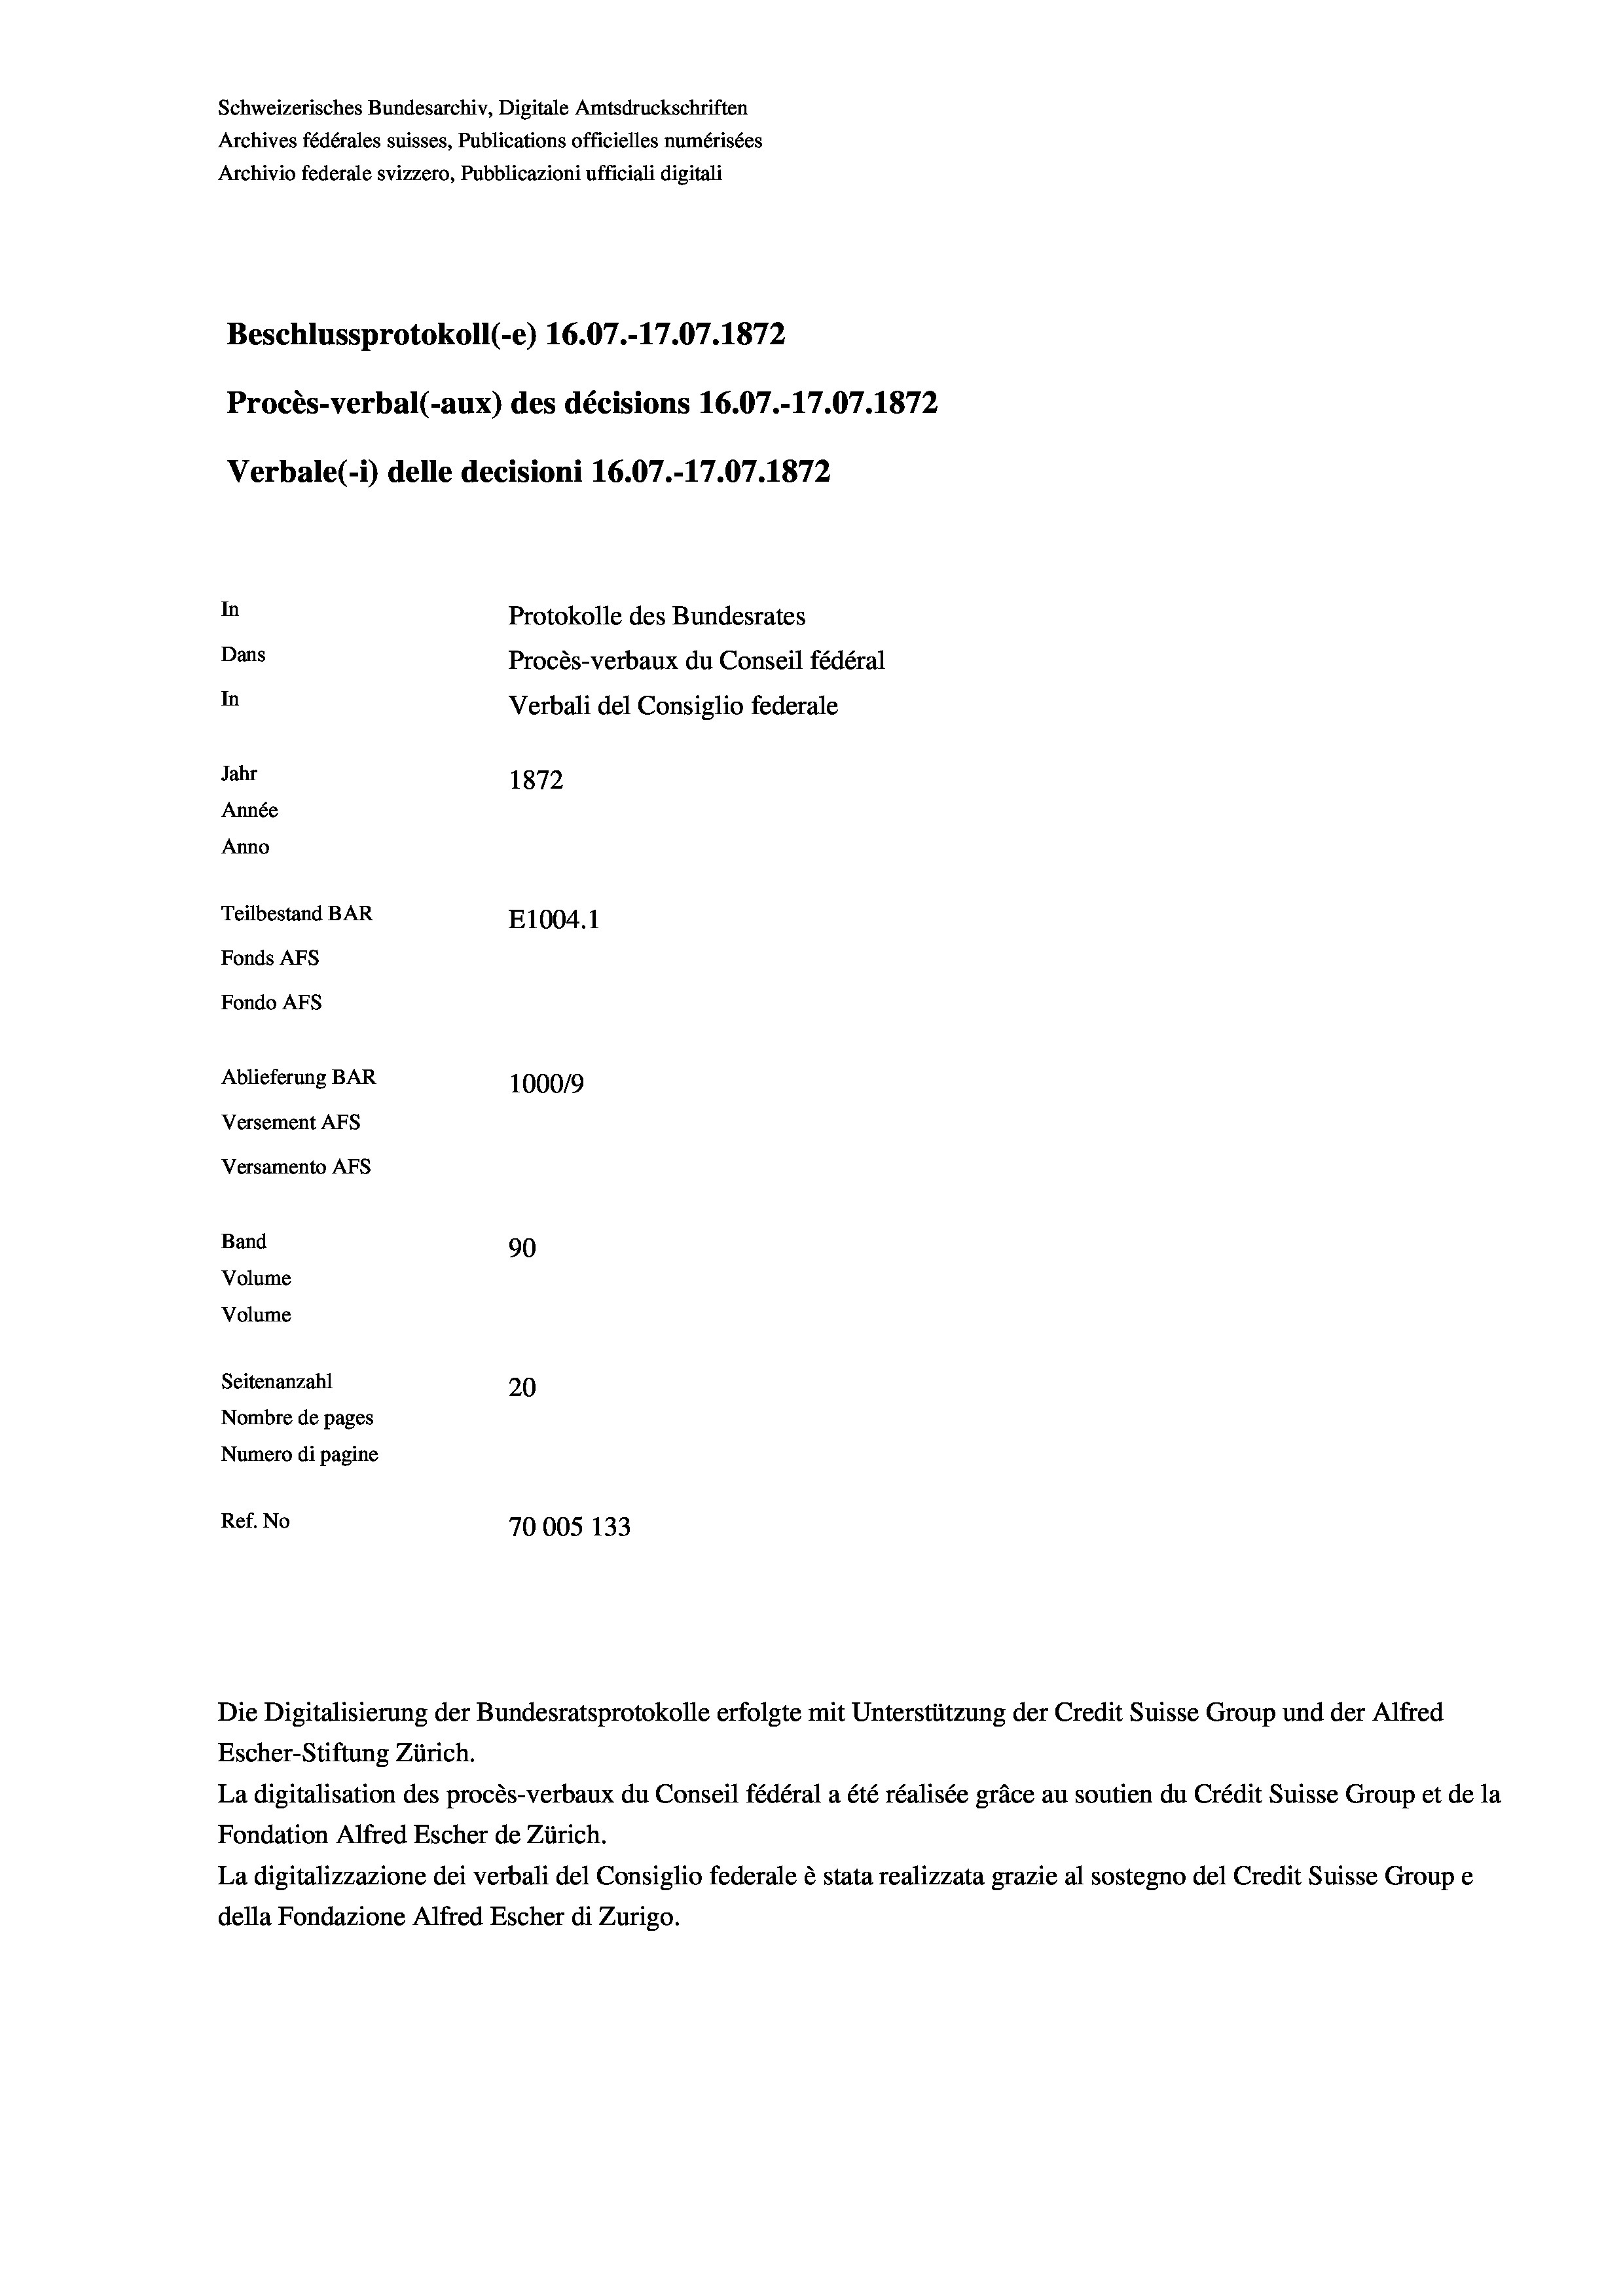
Schweizerisches Bundesarchiv, Digitale Amtsdruckschriften
Archives fédérales suisses, Publications officielles numérisées
Archivio federale svizzero, Pubblicazioni ufficiali digitali
Beschlussprotokoll (-e) 16.07.-17.07. 1872
Procès-verbal (-aux) des décisions 16.07.-17.07. 1872
Verbale (1) delle decisioni 16.07.-17.07. 1872
In
Protokolle des Bundesrates
Dans
Procès-verbaux du Conseil fédéral
In
Verbali del Consiglio federale
Jahr
1872
Année
Anno
Teilbestand BAR
E1004. 1
Fonds AFs
Fondo AFS
Ablieferung BAR
100019
Versement AFs
Versamento AFs
Band
90
Volume
Volume
Seitenanzahl
20
Nombre de pages
Numero di pagine
Ref. No
70005 133

Escher-Stiftung Zürich.
La digitalisation des procès-verbaux du Conseil fédéral a été réalisée gräce au soutien du Crédit Suisse Group et de la
Fondation Alfred Escher de Zürich.
La digitalizzazione dei verbali del Consiglio federale è stata realizzata grazie al sostegno del Credit Suisse Groupe
della Fondazione Alfred Escher di Zurigo.

Die Digitalisierung der Bundesratsprotokolle erfolgte mit Unterstützung der Credit Suisse Group und der Alfred